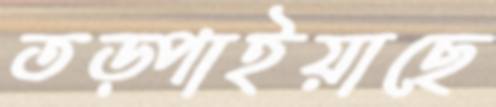
তড়্‌পাইয়াছে